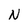
Character: N